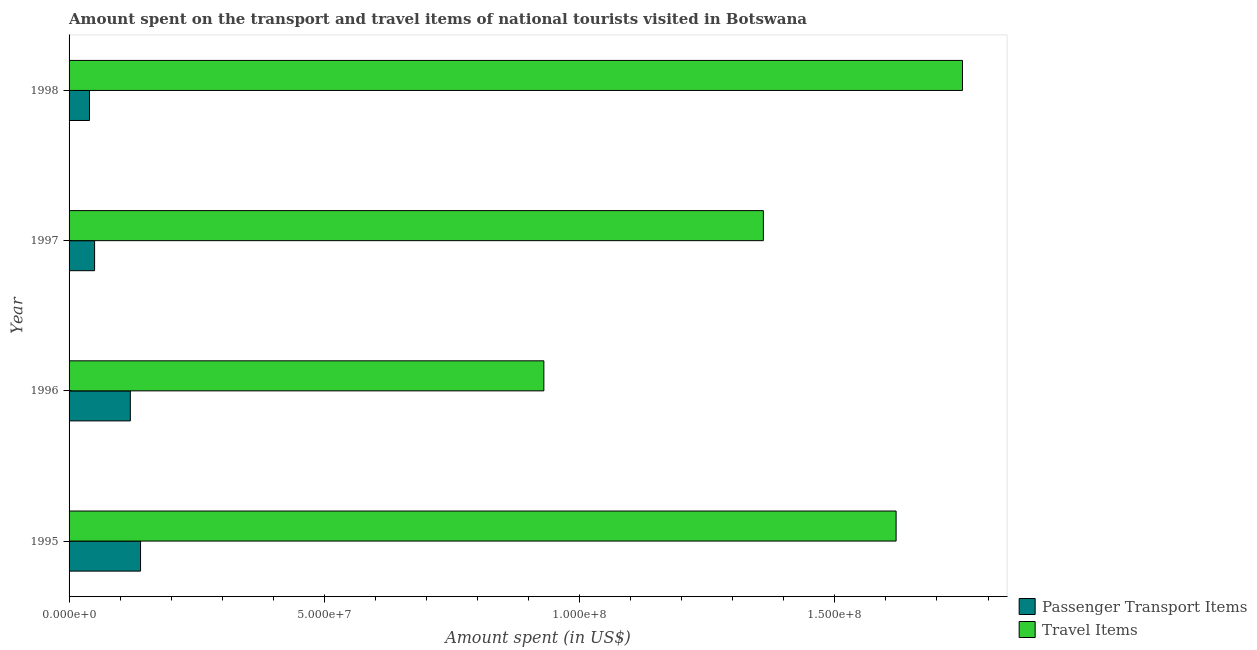
| Year | Passenger Transport Items | Travel Items |
 | --- | --- | --- |
 | 1995 | 1.4e+07 | 1.62e+08 |
 | 1996 | 1.2e+07 | 9.3e+07 |
 | 1997 | 5e+06 | 1.36e+08 |
 | 1998 | 4e+06 | 1.75e+08 |